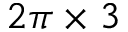
2 \pi \times 3